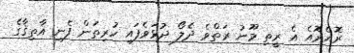
ރޮއެރޮއެ އެ ރީތި މޫނު ރަތްވެ ދެލޯ ދުޅަވެފައި ހުރިތަން ފެނި އާތިޤާގެ